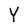
Character: Y